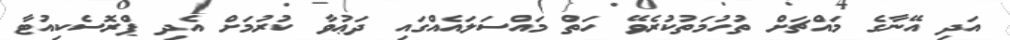
އަދި އޭނާގެ މައްޗަށް ތުހުމަތުކުރެވޭ ހަތް މައްސަލައެއްގައި ދަޢުވާ ކުރުމަށް އެދި ޕްރޮސެކިއުޓާ